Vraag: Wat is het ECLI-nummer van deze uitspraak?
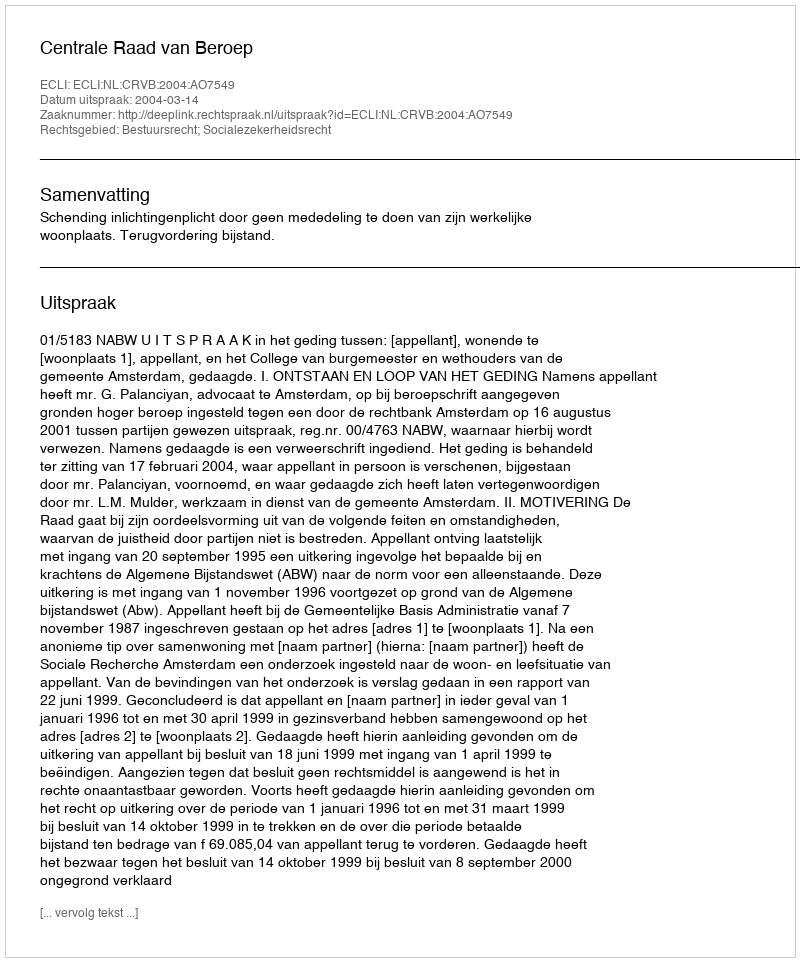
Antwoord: ECLI:NL:CRVB:2004:AO7549